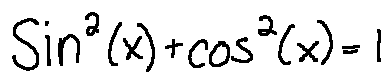
\sin ^ { 2 } ( x ) + \cos ^ { 2 } ( x ) = 1